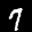
Label: 7